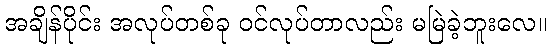
အချိန်ပိုင်း အလုပ်တစ်ခု ဝင်လုပ်တာလည်း မမြဲခဲ့ဘူးလေ။